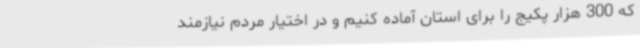
که 300 هزار پکیج را برای استان آماده کنیم و در اختیار مردم نیازمند